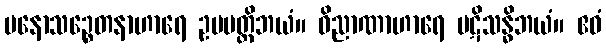
မနောသဉ္စေတနာဟာရေ ဥပပတ္တိဘယံ။ ဝိညာဏာဟာရေ ပဋိသန္ဓိဘယံ။ ဧဝံ